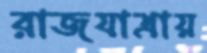
রাজযাত্রায়